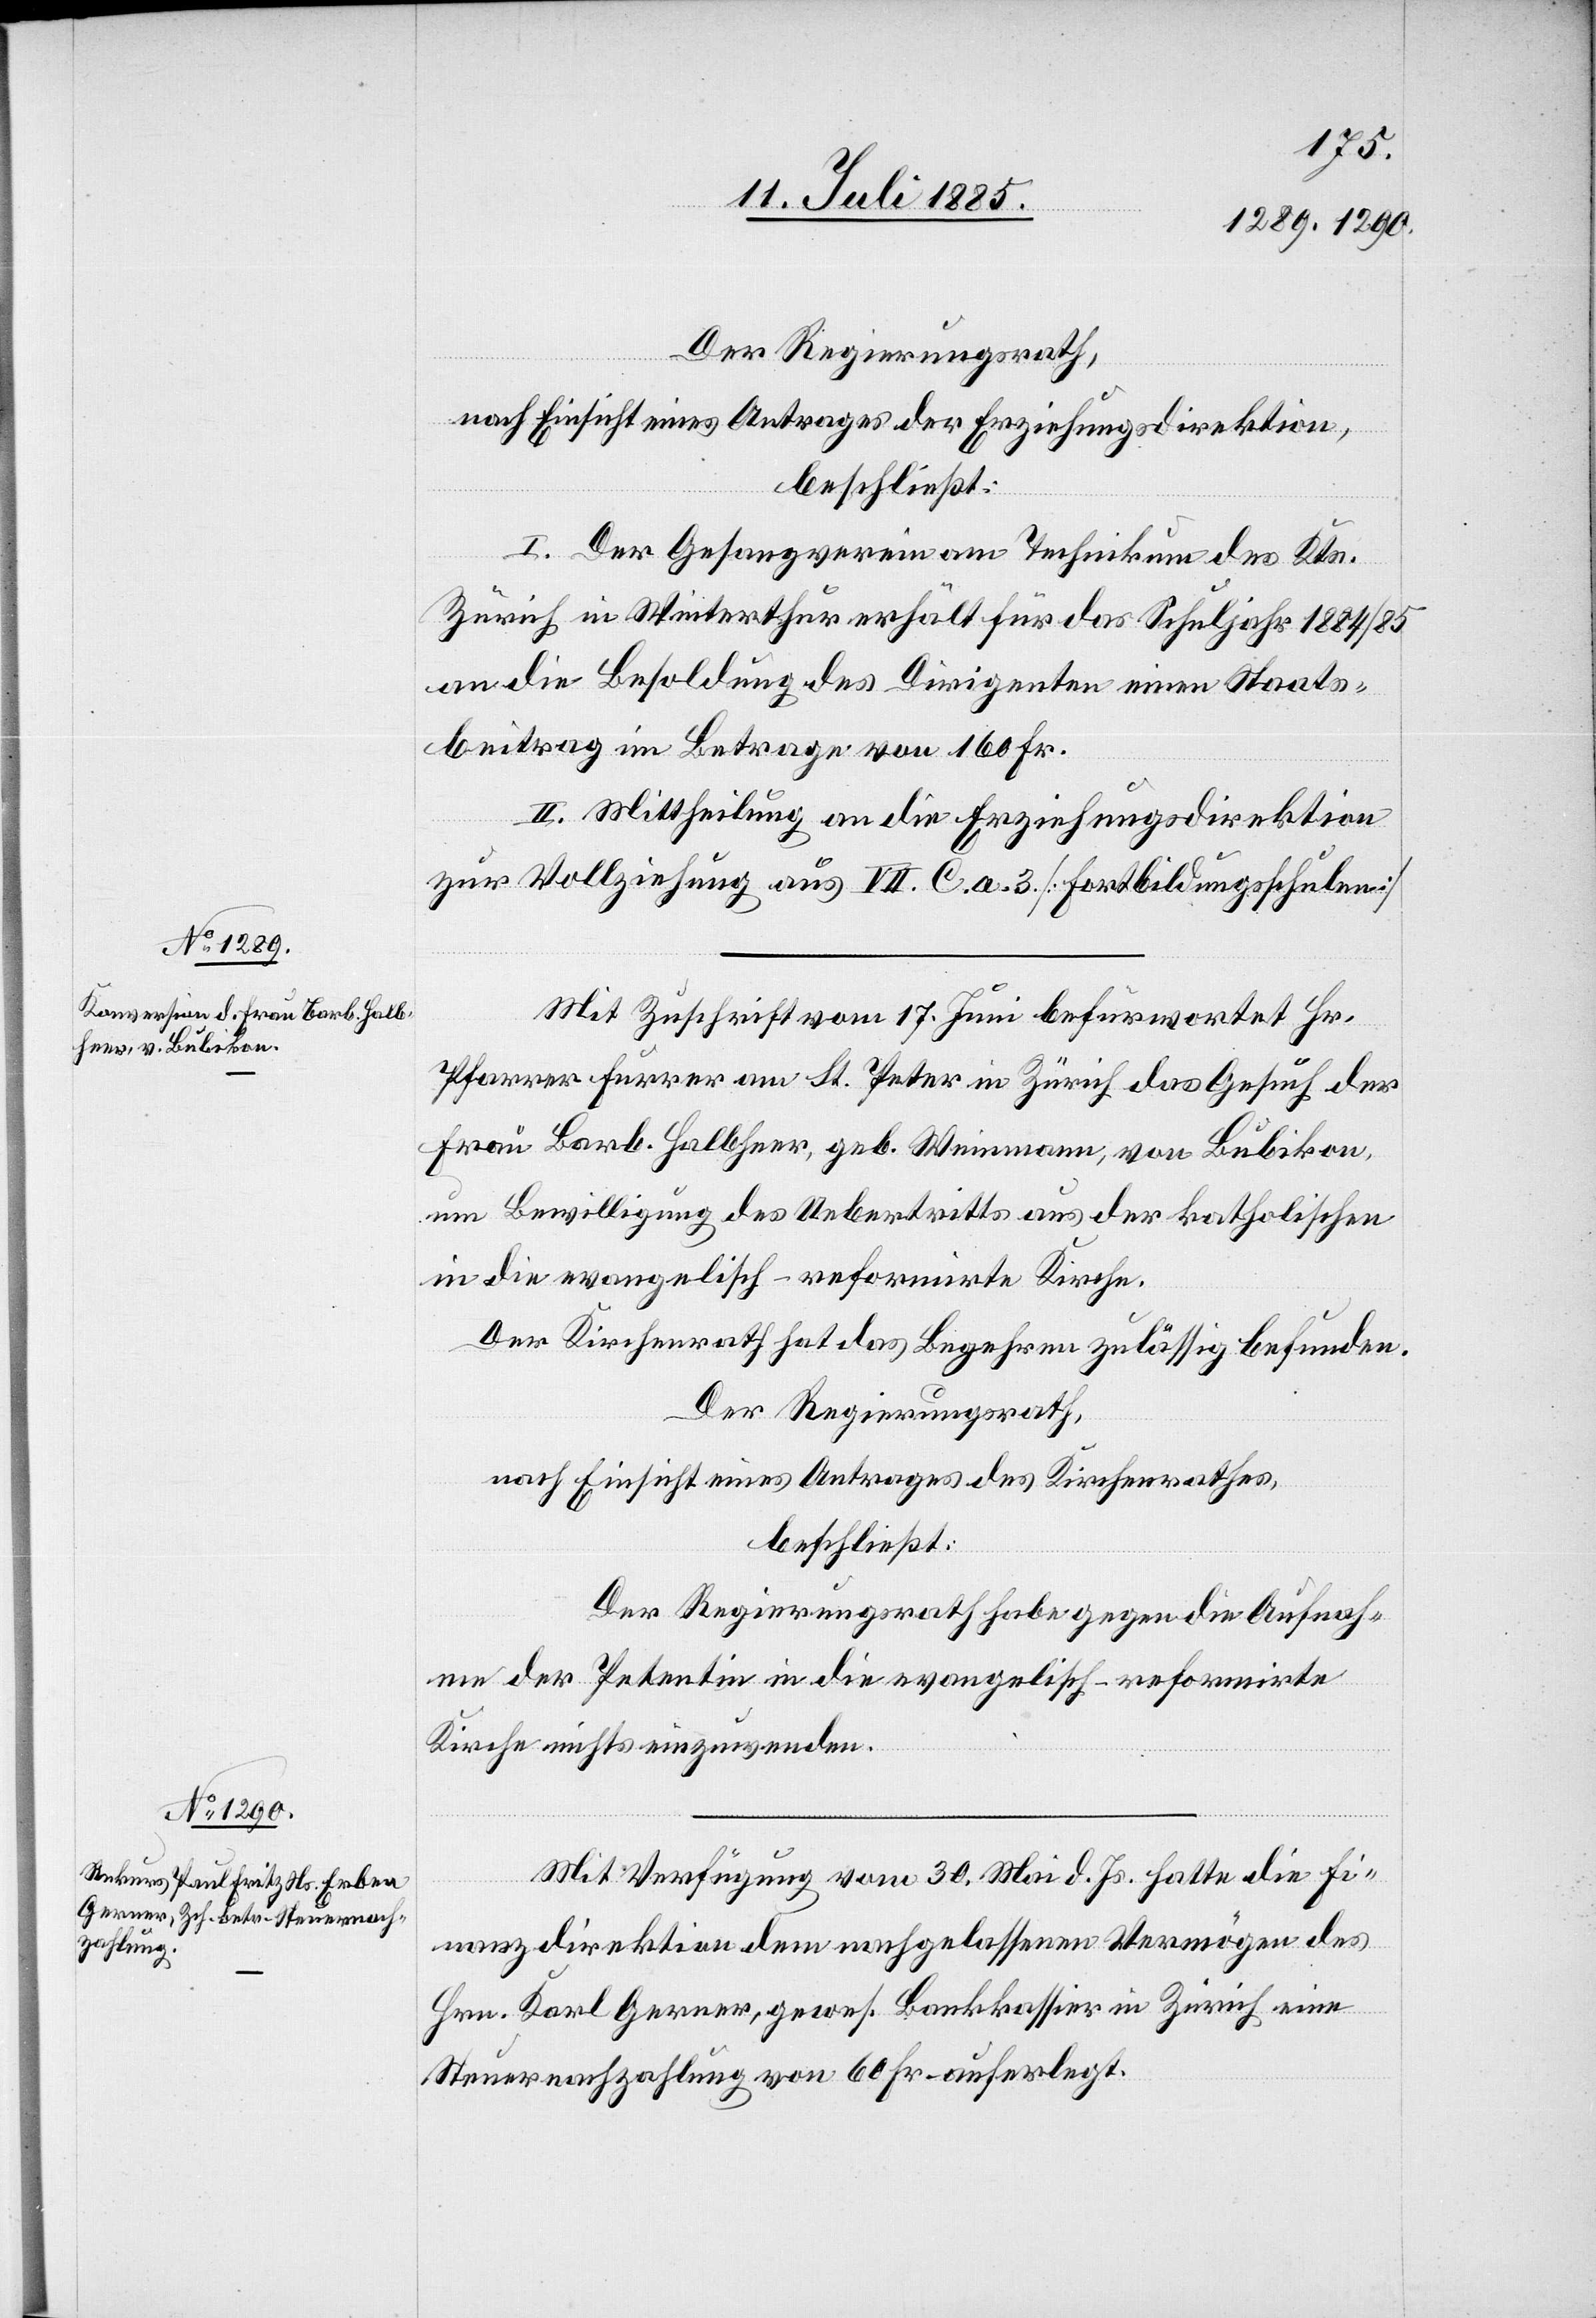
Der Regierungsrath,
nach Einsicht eines Antrages der Erziehungsdirektion,
beschließt;
I. Der Gesangsverein am Technikum des Kts.
Zürich in Winterthur erhält für das Schuljahr 1885/85
an die Besoldung des Dirigenten einen Staats¬
beitrag im Betrage von 160 Fr.
II. Mittheilung an die Erziehungsdirektion
zur Vollziehung aus VII. C. a. 3. [Fortbildungsschulen]
Mit Zuschrift vom 17. Juni befürwortet Hr.
Pfarrer Furrer am St. Peter in Zürich das Gesuch der
Frau Barb. Halbheer, geb. Weinmann, von Bubikon,
um Bewilligung des Uebertritts aus der katholischen
in die evangelisch-reformierte Kirche.
Der Kirchenrath hat das Begehren zulässig befunden.
Der Regierungsrath,
nach Einsicht eines Antrages des Kirchenrathes,
beschließt:
Der Regierungsrath habe gegen die Aufnah¬
me der Petentin in die evangelisch-reformirte
Kirche nichts einzuwenden.
Mit Verfügung vom 30. Mai d. Js. hatte die Fi¬
nanzdirektion dem nachgelassenen Vermögen des
Hrn. Karl Gerner, gewes. Bankkassier in Zürich eine
Steuernachzahlung von 60 Fr. auferlegt.